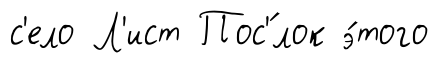
с'ело Л'ист Пос'́лок э́того